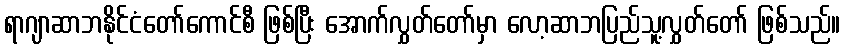
ရာဂျာဆာဘနိုင်ငံတော်ကောင်စီ ဖြစ်ပြီး အောက်လွှတ်တော်မှာ လော့ဆာဘပြည်သူ့လွှတ်တော် ဖြစ်သည်။